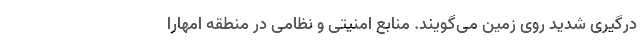
درگیری شدید روی زمین می‌گویند. منابع امنیتی و نظامی در منطقه امهارا